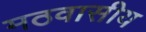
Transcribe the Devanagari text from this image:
मठवासीय